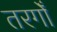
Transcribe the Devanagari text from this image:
तरगोँ